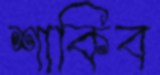
শাকিব